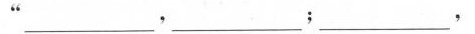
”___，__；___，